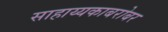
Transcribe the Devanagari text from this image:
साहाय्यकाबरोबर